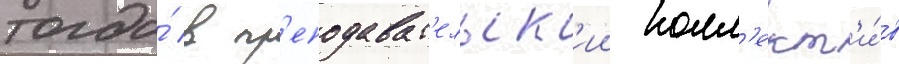
тогда́ в пр'еподават'ельск'ии колл'ект'и́в